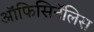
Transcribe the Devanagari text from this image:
ऑफिसिनॅलिस